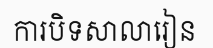
ការបិទសាលារៀន